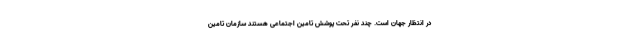
در انتظار جهان است. چند نفر تحت پوشش تامین اجتماعی هستند سازمان تامین